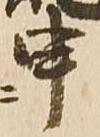
申